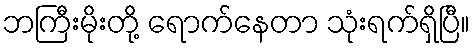
ဘကြီးမိုးတို့ ရောက်နေတာ သုံးရက်ရှိပြီ။